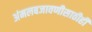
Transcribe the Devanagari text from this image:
अंमलबजावणीसाठीही